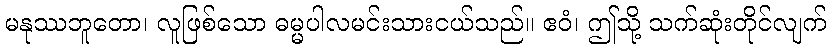
မနုဿဘူတော၊ လူဖြစ်သော ဓမ္မပါလမင်းသားငယ်သည်။ ဧဝံ၊ ဤသို့ သက်ဆုံးတိုင်လျက်